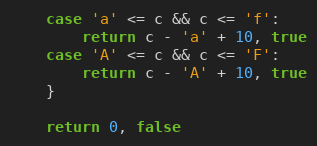
Language: Go
	case 'a' <= c && c <= 'f':
		return c - 'a' + 10, true
	case 'A' <= c && c <= 'F':
		return c - 'A' + 10, true
	}

	return 0, false